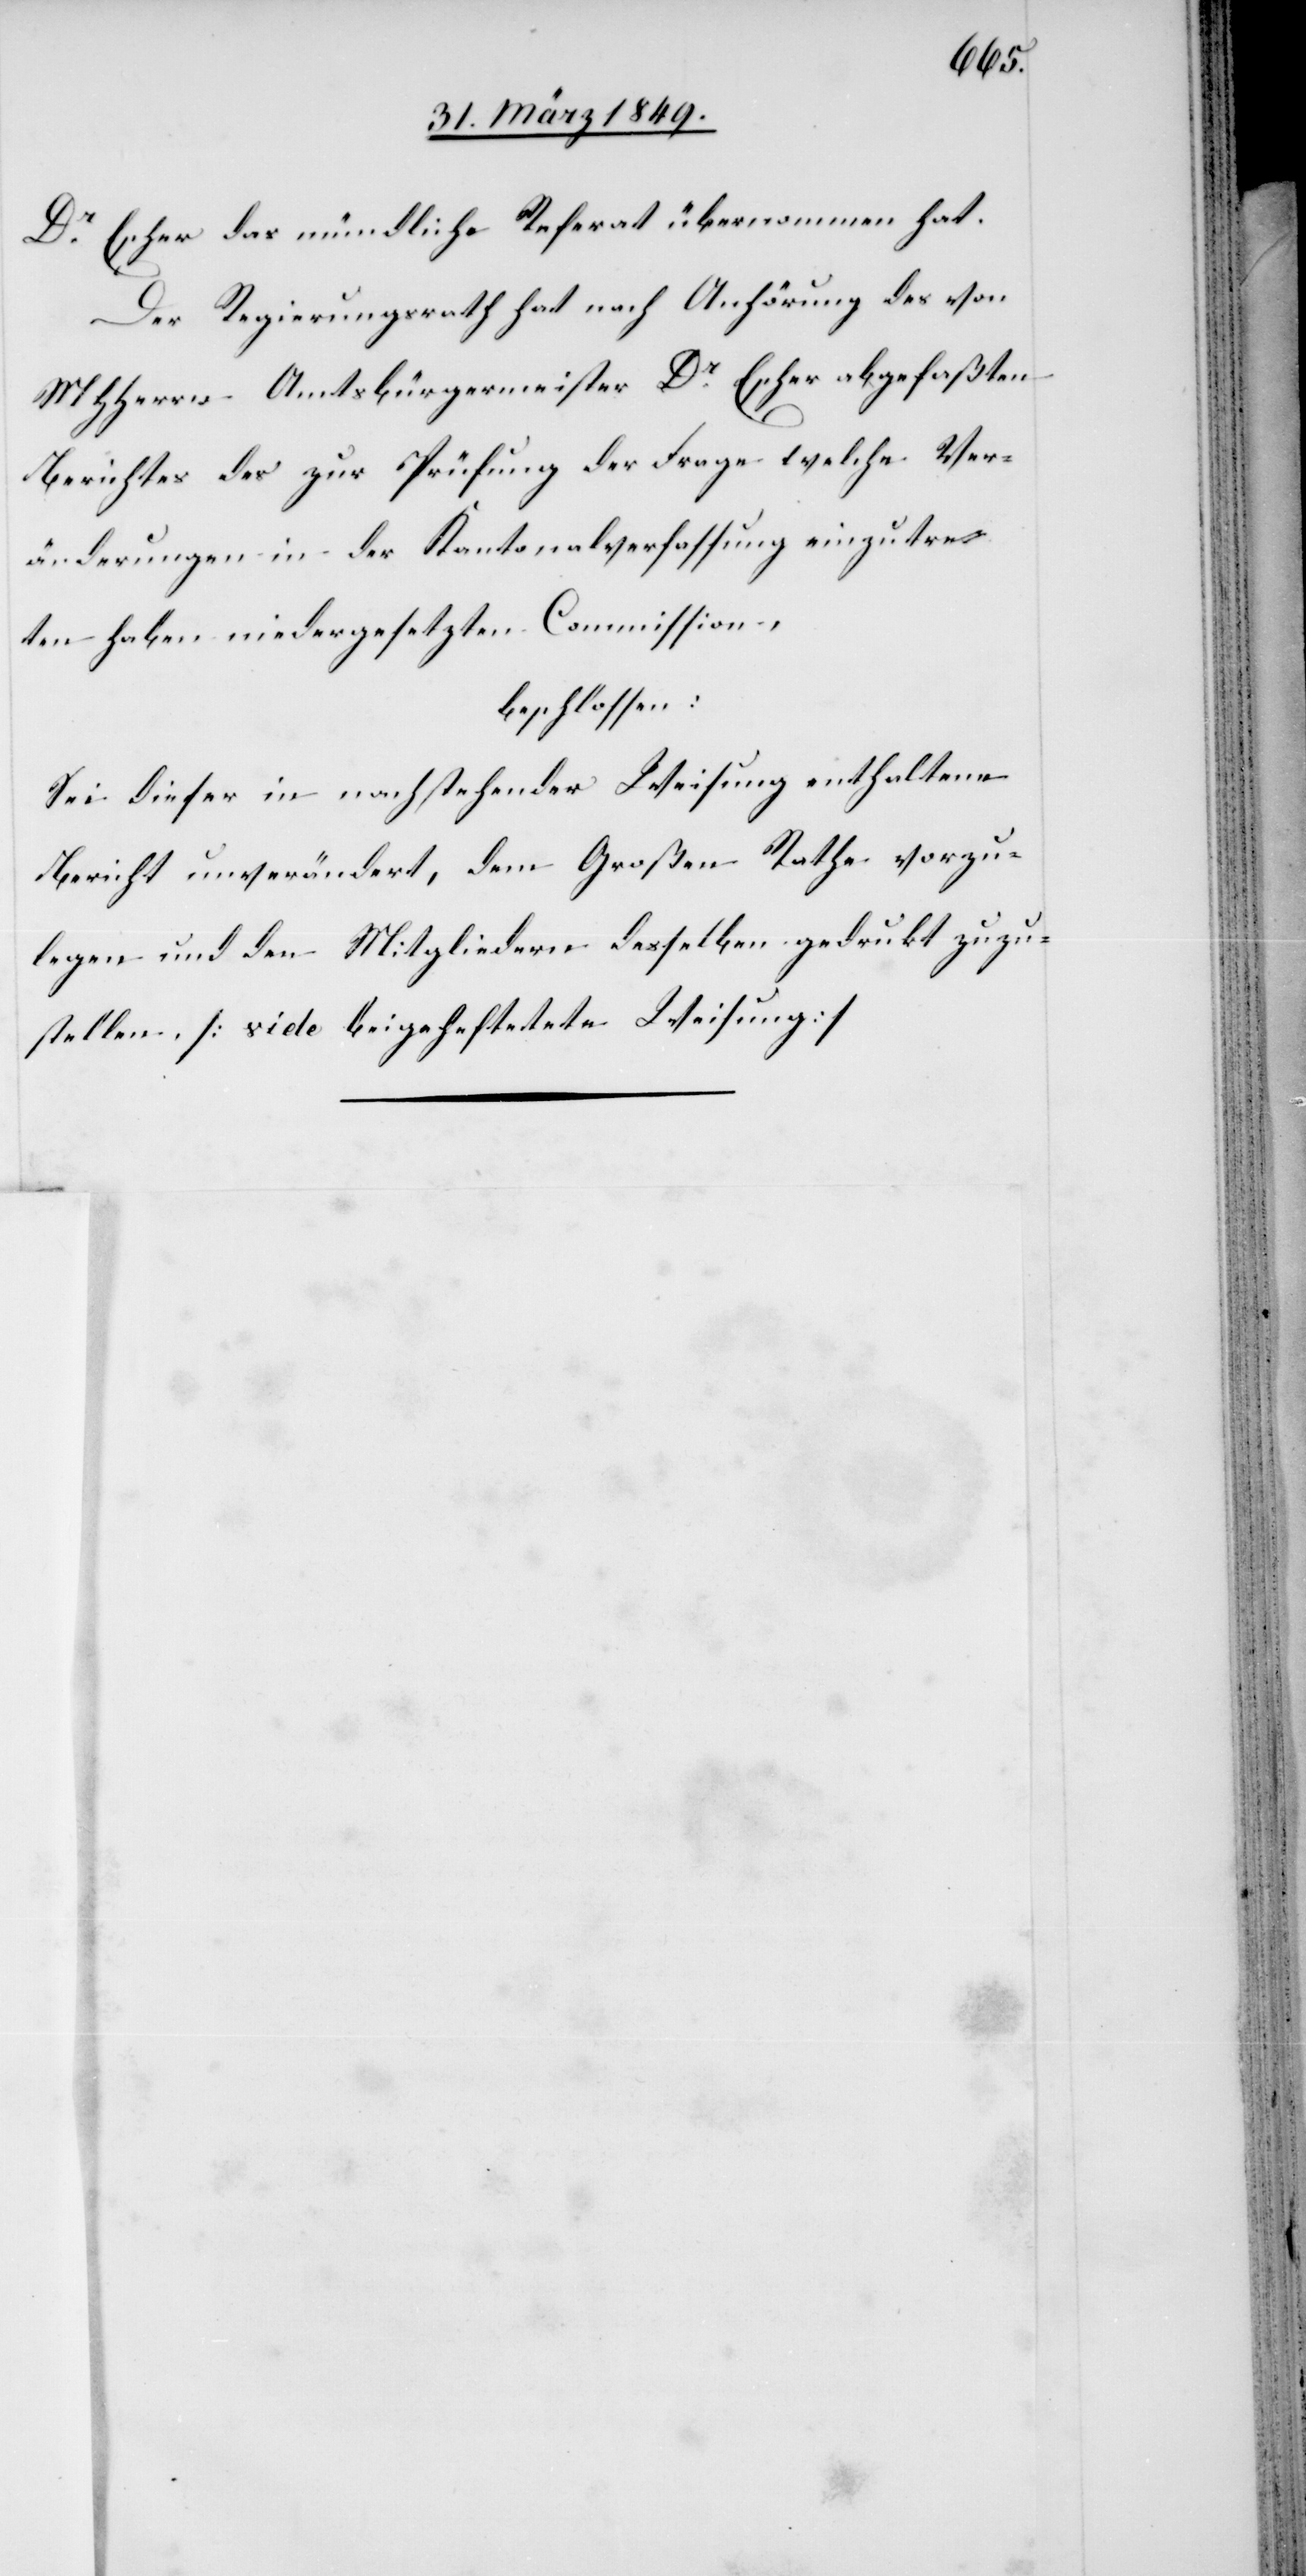
Dr. Escher das mündliche Referat übernommen hat.
Der Regierungsrath nach Anhörung des von
MHHerrn Amtsbürgermeister Dr. Escher abgefaßten
Berichtes des zur Prüfung der Frage welche Ver¬
änderungen in der Kantonalverfassung einzutre¬
ten haben niedergesetzten Commission,
beschlossen:
Sei dieser in nachstehender Weisung enthaltene
Bericht unverändert, dem Großen Rathe vorzu¬
legen und den Mitgliedern desselben gedrukt zuzu¬
stellen. [vide beigheftete Weisung]